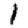
Digit: 1